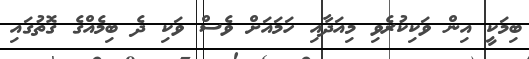
ބިމަކީ އިން ވަކިކުރެވި މިއަދާއި ހަމައަށް ވެސް ވަކި ދެ ބިމެއްގެ ގޮތުގައި